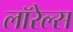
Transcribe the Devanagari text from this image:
लॉरेल्स